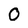
Character: 0